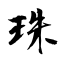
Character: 珠